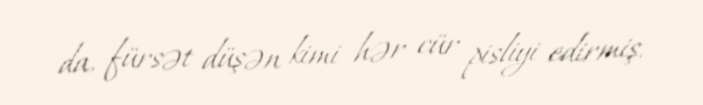
da, fürsət düşən kimi hər cür pisliyi edirmiş.